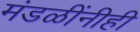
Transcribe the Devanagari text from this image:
मंडळींनीही